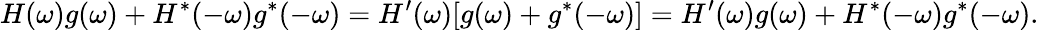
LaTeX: H(\omega)g(\omega)+H^{*}(-\omega)g^{*}(-\omega)=H^{\prime}(\omega)[g(\omega)+g^{*}(-\omega)]=H^{\prime}(\omega)g(\omega)+H^{*}(-\omega)g^{*}(-\omega).